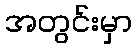
အတွင်းမှာ